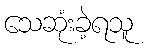
သေဆုံးခဲ့ရသူ